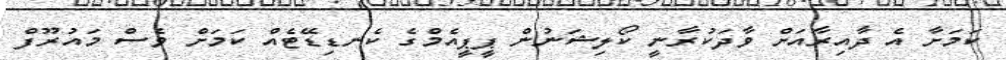
ކަމަށާ އެ ދާއިރާއަށް ވާދަކުރާނީ ކޯލިޝަނުން ޕީޕީއެމްގެ ކެނޑިޑޭޓެއް ކަމަށް ވެސް މައުރޫފް